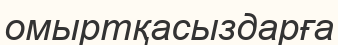
омыртқасыздарға